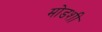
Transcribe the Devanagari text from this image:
मोडशी